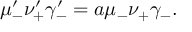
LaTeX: \mu _ { - } ^ { \prime } \nu _ { + } ^ { \prime } \gamma _ { - } ^ { \prime } = a \mu _ { - } \nu _ { + } \gamma _ { - } .